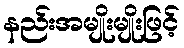
နည်းအမျိုးမျိုးဖြင့်